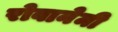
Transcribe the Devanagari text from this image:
रोवानेमी